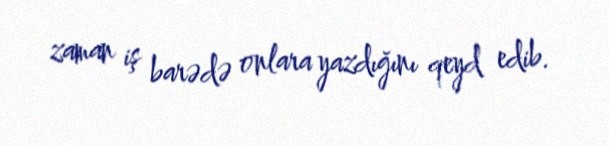
zaman iş barədə onlara yazdığını qeyd edib.